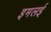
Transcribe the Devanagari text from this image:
इमलई